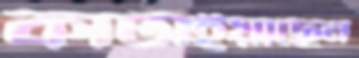
কাটাইয়াছেন